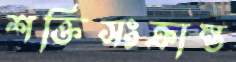
শক্তিসংক্রান্ত